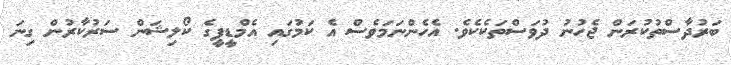
ބަރުދާސްތުކުރަން ޖެހުނު ދުވަސްތަކެކެވެ. އެހެންނަމަވެސް އެ ކަމުގައި އެމްޑީޕީގެ ކޯލިޝަން ސަރުކާރުން ގިނަ